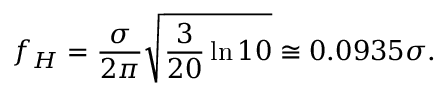
f _ { H } = { \frac { \sigma } { 2 \pi } } { \sqrt { { \frac { 3 } { 2 0 } } \ln 1 0 } } \cong 0 . 0 9 3 5 \sigma .